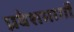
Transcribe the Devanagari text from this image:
प्रवेशमार्गों